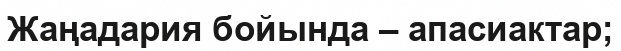
Жаңадария бойында – апасиактар;